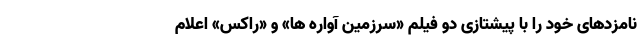
نامزدهای خود را با پیشتازی دو فیلم «سرزمین آواره ها» و «راکس» اعلام